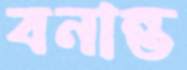
বনান্ত